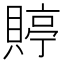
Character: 𧶺